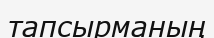
тапсырманың